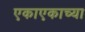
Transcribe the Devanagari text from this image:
एकाएकाच्या